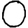
Digit: 0